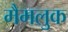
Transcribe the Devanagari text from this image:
मैमलुक